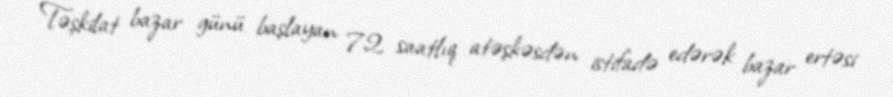
Təşkilat bazar günü başlayan 72 saatlıq atəşkəsdən istifadə edərək bazar ertəsi